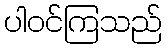
ပါဝင်ကြသည်